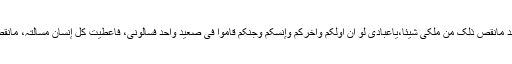
لو أن أولکم وأخرکم وإنسکم وجنکم ،کانوا علی أفجر قلب رجل واحد مانقص ذلک من ملکی شیئا،یاعبادی لو أن أولکم وأخرکم وإنسکم وجنکم قاموا فی صعید واحد فسألونی، فأعطیت کل إنسان مسألتہ، مانقص ذلک مما عندی إلا کما ینقض المخیط إذا أدخل البحر، یاعبادی!